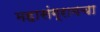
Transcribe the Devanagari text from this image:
महासंग्रामचा